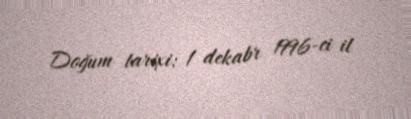
Doğum tarixi: 1 dekabr 1996-ci il